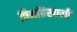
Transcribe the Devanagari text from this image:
चिनग्रिखाली